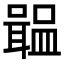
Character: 𡁢